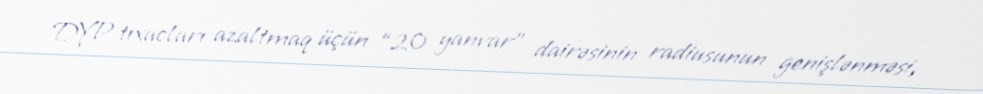
DYP tıxacları azaltmaq üçün “20 yanvar” dairəsinin radiusunun genişlənməsi,